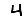
Digit: 4